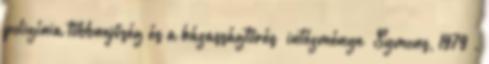
poligínia többnejűség és a házasságtörés „intézménye” Symons, 1979 .